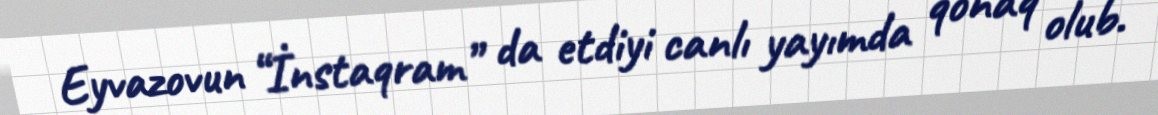
Eyvazovun “İnstaqram” da etdiyi canlı yayımda qonaq olub.